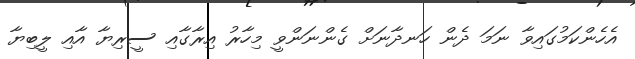
އެހެންކަމުގައިވާ ނަމަ ދެން ހަނދާނަށް ގެންނަންވީ މިހާރު އިރާގާއި ސީރިޔާ އާއި ލީބިޔާ